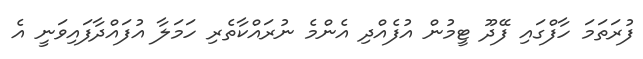
ފުރަތަމަ ހާފްގައި ފޭދޫ ޓީމުން އުފެއްދި އެންމެ ނުރައްކާތެރި ހަމަލާ އުފައްދާފައިވަނީ އެ